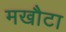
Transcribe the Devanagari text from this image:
मखौटा